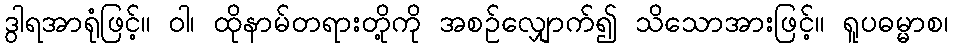
ဒွါရအာရုံဖြင့်။ ဝါ၊ ထိုနာမ်တရားတို့ကို အစဉ်လျှောက်၍ သိသောအားဖြင့်။ ရူပဓမ္မာစ၊